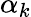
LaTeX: \alpha_{k}